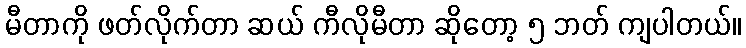
မီတာကို ဖတ်လိုက်တာ ဆယ် ကီလိုမီတာ ဆိုတော့ ၅ ဘတ် ကျပါတယ်။